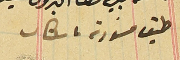
طبق مسودة باشكاتب